Malaria in the Duars
Disease focus: Malaria
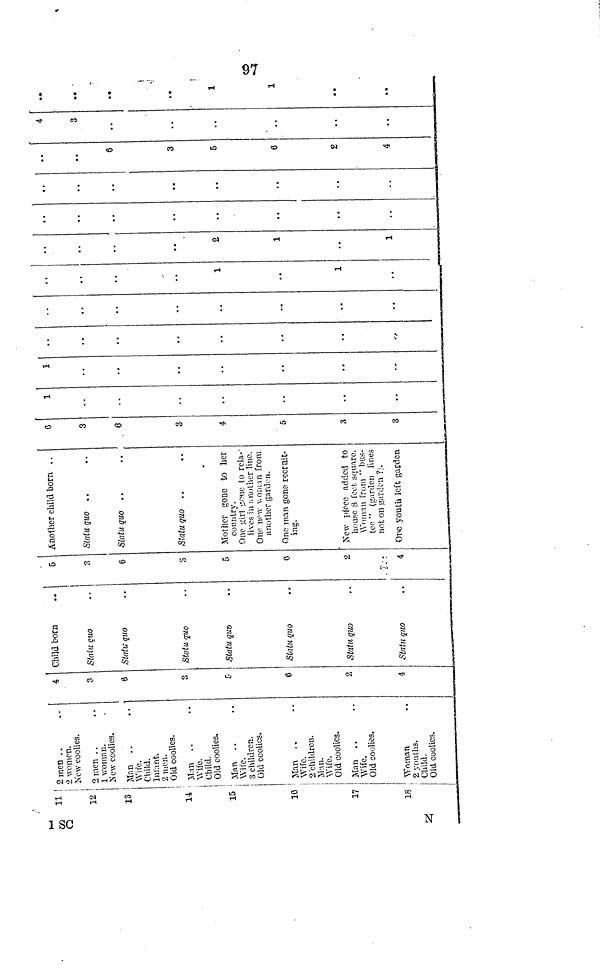
97
11
12
13
14
15
10
17
18
[ 2 men ..
2 women.
New coolies.
1 2 men
1 woman.
New coolies.
Man
Wife.
Child.
Intant.
2 men.
Old coolies.
Man ..
Wife.
Child.
Old coolies.
Man ..
Wife.
3 children.
Old coolies.
Man
Wife.
2 children.
Man.
Wife.
Old coolies.
Man
Wife.
Old coolies.
Woman
2 youths.
Child.
Old coolies.
4
3
8
3
5
ft
2
4
Child born
Statu quo
Statu quo
Statu quo
Statu quo
Statu quo
Statu quo
Statu quo
i
3
6
3
6
0
2
.
4
Another child born . .
Statu, quo
Slatu quo . .
Statu quo
Mother gone to her
country.
One gut gone to rela-
lives in another line
One new women from
another garden.
One man gone recruit-
ing.
New place added to
house 8 feet square.
Woman from " bus-
tee " (garden lines
not on garden ?).
One youth left garden
6
3
0
3
4-
5
3
3
1
. .
..
1
. .
...
. .
..,
..
.
1
1
2
1
1
. .
. .
..
. .
6
3
6
6
2
4
4
3
„
..
.0
..
1
1
• 0
..
1 SC
N